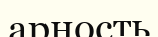
арность